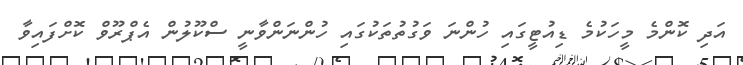
އަދި ކޮންމެ މީހަކުމެ ޑިއުޓީގައި ހުންނަ ވަގުތުތަކުގައި ހުންނަންވާނީ ސްކޫލުން އެޕްރޫވް ކޮށްފައިވާ